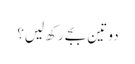
دو تین بجے رکھ لیں؟